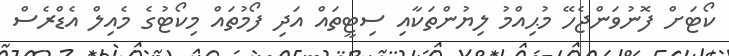
ކޯޓަށް ފޮނުވަންޖެހޭ މުޙިއްމު ލިޔުންތަކާއި ސިޓީތައް އަދި ފޯމުތައް މިކޯޓުގެ މެއިލް އެޑްރެސް